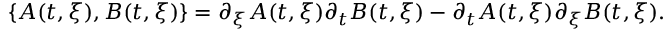
\lbrace A ( t , \xi ) , B ( t , \xi ) \rbrace = \partial _ { \xi } A ( t , \xi ) \partial _ { t } B ( t , \xi ) - \partial _ { t } A ( t , \xi ) \partial _ { \xi } B ( t , \xi ) .